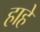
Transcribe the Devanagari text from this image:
हाहे